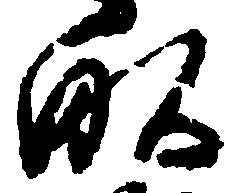
畝